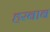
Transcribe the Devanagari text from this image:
हरबाब